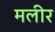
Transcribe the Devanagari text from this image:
मलीर